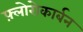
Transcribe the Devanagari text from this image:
फ़्लोरोकार्बन